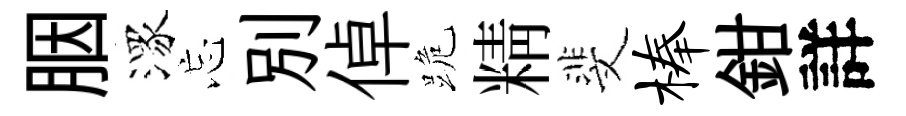
胭潈忘別倬跪精斐榛鉗詳